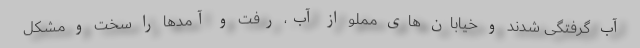
آب گرفتگی شدند و خیابان های مملو از آب، رفت و آمدها را سخت و مشکل